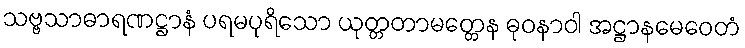
သဗ္ဗသာဓာရဏဋ္ဌာနံ ပရမပုရိသော ယုတ္တတာမတ္တေန ဓုဝနာဝါ အဋ္ဌာနမေဝေတံ